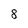
Character: 8